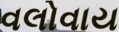
વલોવાય